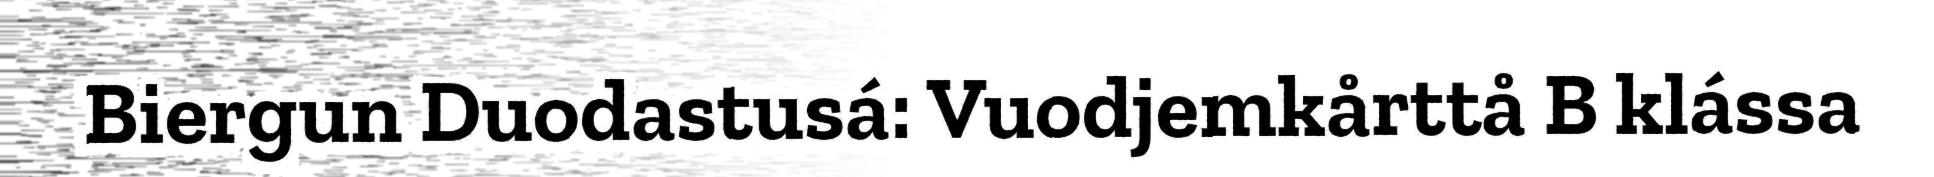
Biergun Duodastusá: Vuodjemkårttå B klássa